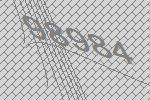
98984